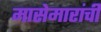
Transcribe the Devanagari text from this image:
मासेमारांची